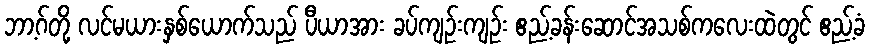
ဘာ့ဂ်တို့ လင်မယားနှစ်ယောက်သည် ပီယာအား ခပ်ကျဉ်းကျဉ်း ဧည့်ခန်းဆောင်အသစ်ကလေးထဲတွင် ဧည့်ခံ